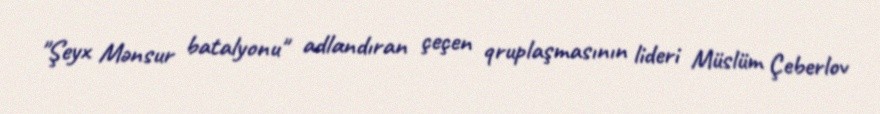
"Şeyx Mənsur batalyonu" adlandıran çeçen qruplaşmasının lideri Müslüm Çeberlov